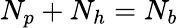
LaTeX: N_{p}+N_{h}=N_{b}